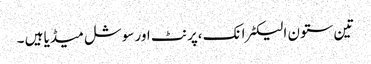
تین ستون الیکٹرانک ،پرنٹ اور سوشل میڈیا ہیں ۔